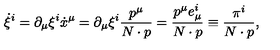
\dot { \xi } ^ { i } = \partial _ { \mu } \xi ^ { i } \dot { x } ^ { \mu } = \partial _ { \mu } \xi ^ { i } \frac { p ^ { \mu } } { N \cdot p } = \frac { p ^ { \mu } e _ { \mu } ^ { i } } { N \cdot p } \equiv \frac { \pi ^ { i } } { N \cdot p } ,